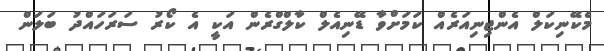
މެކޭނިކަލް އެންޖިނިއަރެއް ކަމަށްވާ ޑޭނިއެލް ކާލްގްރެން އަކީ އެ ކޯރު ސަރަހައްދު ބަލަން